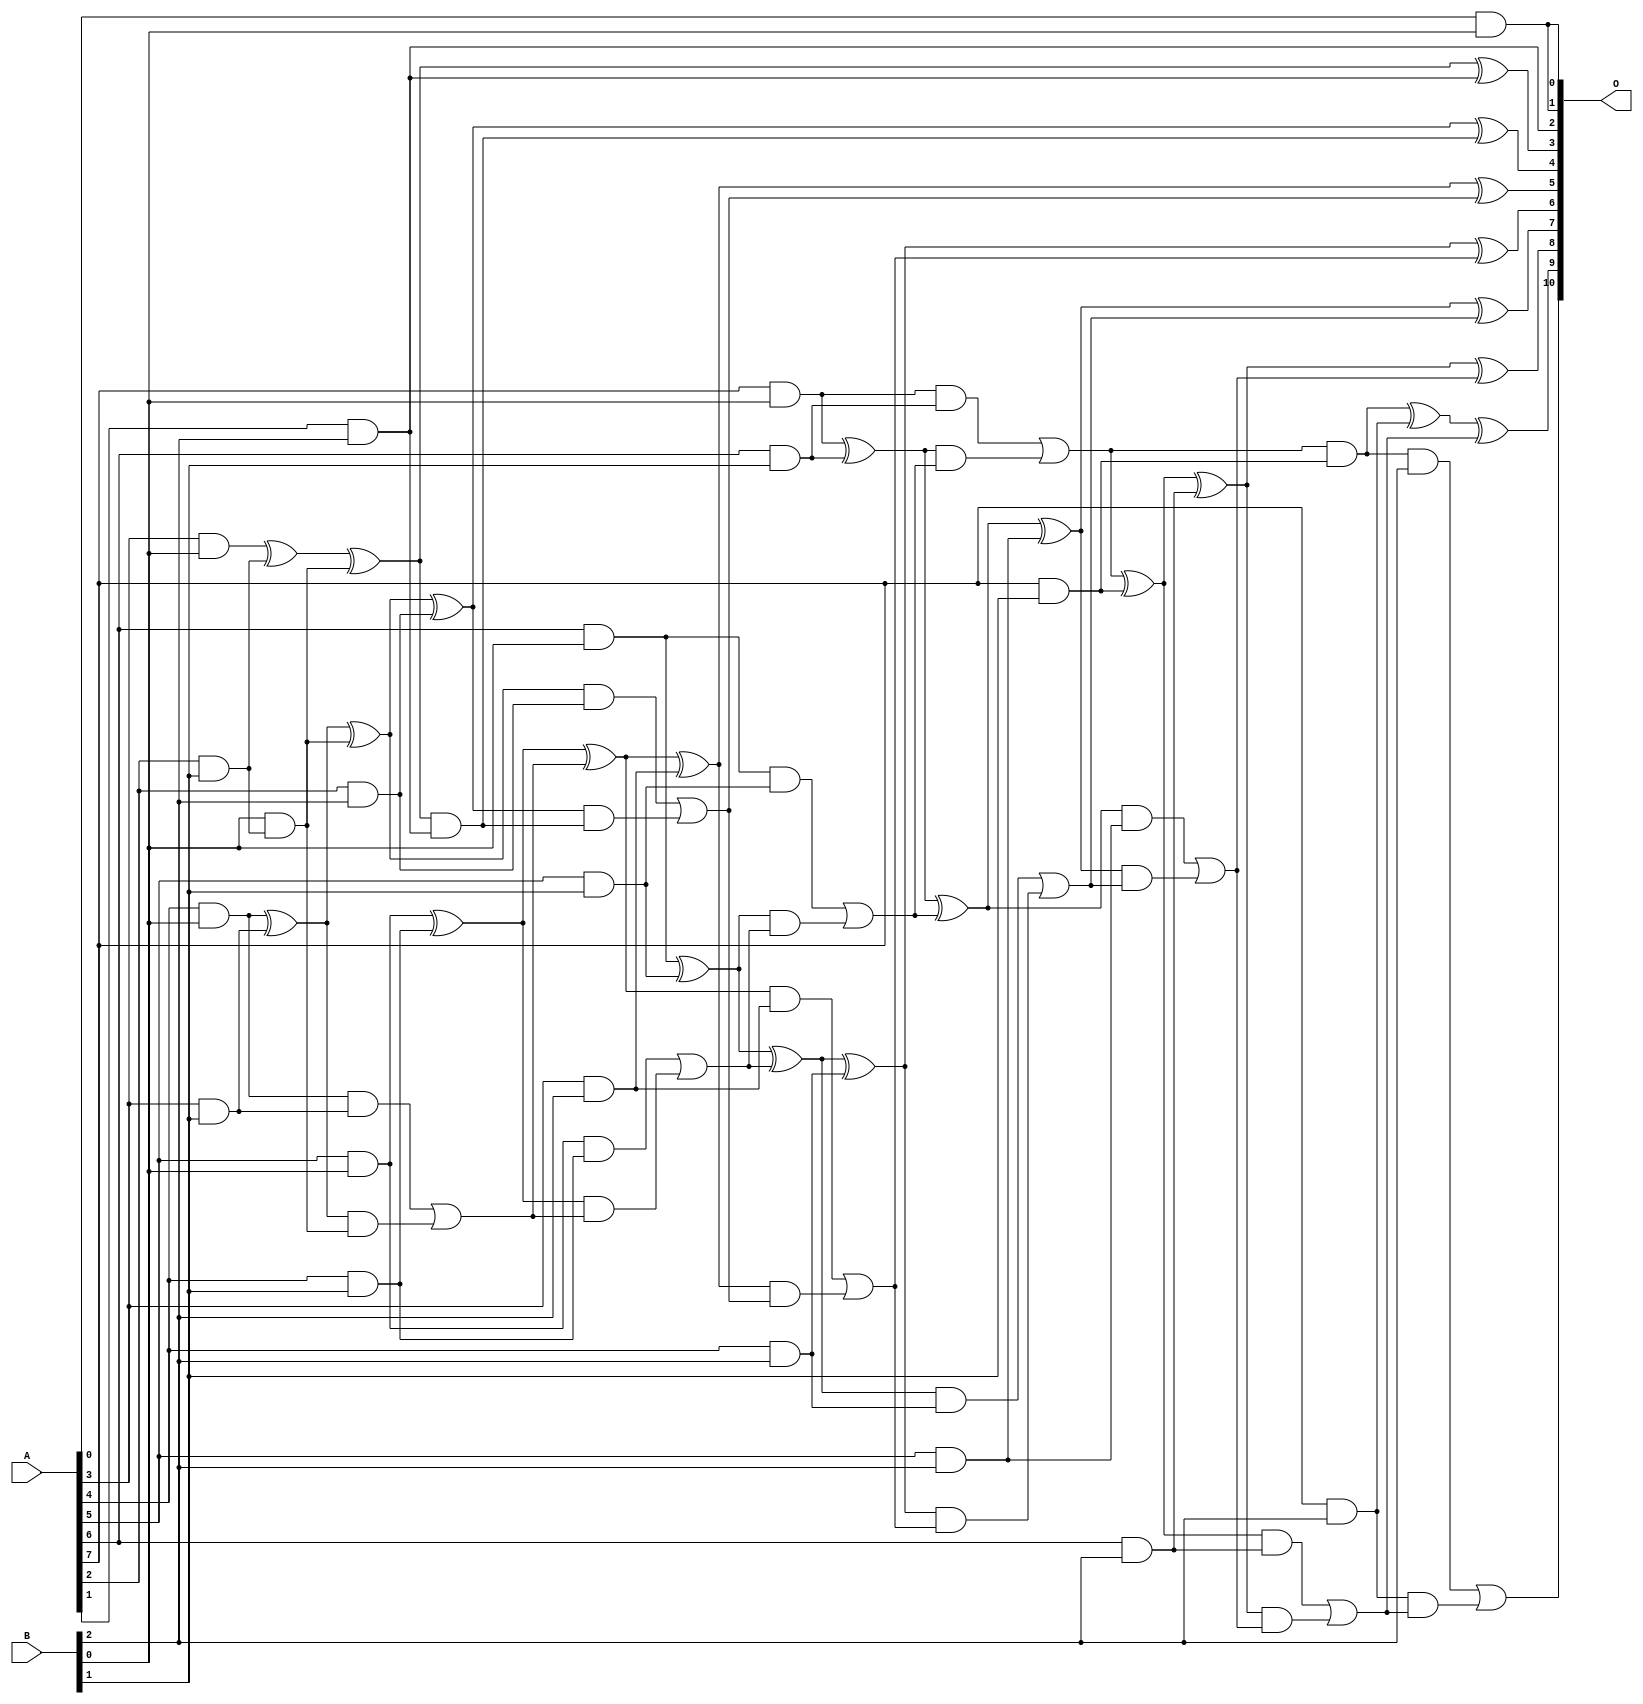
/***
* This code is a part of EvoApproxLib library (ehw.fit.vutbr.cz/approxlib) distributed under The MIT License.
* When used, please cite the following article(s): V. Mrazek, L. Sekanina, Z. Vasicek "Libraries of Approximate Circuits: Automated Design and Application in CNN Accelerators" IEEE Journal on Emerging and Selected Topics in Circuits and Systems, Vol 10, No 4, 2020 
* This file contains a circuit from a sub-set of pareto optimal circuits with respect to the pwr and ep parameters
***/
// MAE% = 0.11 %
// MAE = 2.3 
// WCE% = 0.29 %
// WCE = 6.0 
// WCRE% = 200.00 %
// EP% = 59.38 %
// MRE% = 2.34 %
// MSE = 10 
// PDK45_PWR = 0.060 mW
// PDK45_AREA = 168.0 um2
// PDK45_DELAY = 0.79 ns

module mul8x3u_0F1 (
    A,
    B,
    O
);

input [7:0] A;
input [2:0] B;
output [10:0] O;

wire sig_11,sig_14,sig_15,sig_16,sig_17,sig_18,sig_20,sig_21,sig_22,sig_23,sig_24,sig_25,sig_27,sig_34,sig_35,sig_37,sig_39,sig_40,sig_41,sig_42;
wire sig_43,sig_44,sig_45,sig_46,sig_47,sig_48,sig_49,sig_50,sig_51,sig_52,sig_53,sig_54,sig_55,sig_56,sig_57,sig_58,sig_59,sig_60,sig_62,sig_63;
wire sig_64,sig_65,sig_66,sig_67,sig_68,sig_71,sig_72,sig_76,sig_77,sig_78,sig_79,sig_80,sig_81,sig_82,sig_83,sig_84,sig_85,sig_86,sig_87,sig_88;
wire sig_89,sig_90,sig_91,sig_92,sig_93,sig_94,sig_95,sig_96,sig_97,sig_98,sig_99,sig_100,sig_101,sig_102,sig_103,sig_104,sig_105;

assign sig_11 = A[0] & B[0];
assign sig_14 = A[3] & B[0];
assign sig_15 = A[4] & B[0];
assign sig_16 = A[5] & B[0];
assign sig_17 = A[6] & B[0];
assign sig_18 = A[7] & B[0];
assign sig_20 = A[7] & B[1];
assign sig_21 = A[2] & B[1];
assign sig_22 = A[3] & B[1];
assign sig_23 = A[4] & B[1];
assign sig_24 = A[5] & B[1];
assign sig_25 = A[6] & B[1];
assign sig_27 = B[1] & A[2];
assign sig_34 = sig_14 ^ sig_21;
assign sig_35 = B[0] & sig_27;
assign sig_37 = sig_34 ^ sig_35;
assign sig_39 = sig_15 ^ sig_22;
assign sig_40 = sig_15 & sig_22;
assign sig_41 = sig_39 & sig_35;
assign sig_42 = sig_39 ^ sig_35;
assign sig_43 = sig_40 | sig_41;
assign sig_44 = sig_16 ^ sig_23;
assign sig_45 = sig_16 & sig_23;
assign sig_46 = sig_44 & sig_43;
assign sig_47 = sig_44 ^ sig_43;
assign sig_48 = sig_45 | sig_46;
assign sig_49 = sig_17 ^ sig_24;
assign sig_50 = sig_17 & sig_24;
assign sig_51 = sig_49 & sig_48;
assign sig_52 = sig_49 ^ sig_48;
assign sig_53 = sig_50 | sig_51;
assign sig_54 = sig_18 ^ sig_25;
assign sig_55 = sig_18 & sig_25;
assign sig_56 = sig_54 & sig_53;
assign sig_57 = sig_54 ^ sig_53;
assign sig_58 = sig_55 | sig_56;
assign sig_59 = sig_58 & sig_20;
assign sig_60 = sig_58 ^ sig_20;
assign sig_62 = A[1] & B[2];
assign sig_63 = A[2] & B[2];
assign sig_64 = A[3] & B[2];
assign sig_65 = A[4] & B[2];
assign sig_66 = A[5] & B[2];
assign sig_67 = A[6] & B[2];
assign sig_68 = A[7] & B[2];
assign sig_71 = sig_37 ^ sig_62;
assign sig_72 = sig_37 & sig_62;
assign sig_76 = sig_42 ^ sig_63;
assign sig_77 = sig_42 & sig_63;
assign sig_78 = sig_76 & sig_72;
assign sig_79 = sig_76 ^ sig_72;
assign sig_80 = sig_77 | sig_78;
assign sig_81 = sig_47 ^ sig_64;
assign sig_82 = sig_47 & sig_64;
assign sig_83 = sig_81 & sig_80;
assign sig_84 = sig_81 ^ sig_80;
assign sig_85 = sig_82 | sig_83;
assign sig_86 = sig_52 ^ sig_65;
assign sig_87 = sig_52 & sig_65;
assign sig_88 = sig_86 & sig_85;
assign sig_89 = sig_86 ^ sig_85;
assign sig_90 = sig_87 | sig_88;
assign sig_91 = sig_57 ^ sig_66;
assign sig_92 = sig_57 & sig_66;
assign sig_93 = sig_91 & sig_90;
assign sig_94 = sig_91 ^ sig_90;
assign sig_95 = sig_92 | sig_93;
assign sig_96 = sig_60 ^ sig_67;
assign sig_97 = sig_60 & sig_67;
assign sig_98 = sig_96 & sig_95;
assign sig_99 = sig_96 ^ sig_95;
assign sig_100 = sig_97 | sig_98;
assign sig_101 = sig_59 ^ sig_68;
assign sig_102 = sig_59 & B[2];
assign sig_103 = sig_68 & sig_100;
assign sig_104 = sig_101 ^ sig_100;
assign sig_105 = sig_102 | sig_103;

assign O[10] = sig_105;
assign O[9] = sig_104;
assign O[8] = sig_99;
assign O[7] = sig_94;
assign O[6] = sig_89;
assign O[5] = sig_84;
assign O[4] = sig_79;
assign O[3] = sig_71;
assign O[2] = sig_62;
assign O[1] = sig_11;
assign O[0] = sig_11;

endmodule